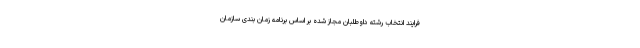
فرایند انتخاب رشته داوطلبان مجاز شده بر اساس برنامه زمان بندی سازمان